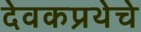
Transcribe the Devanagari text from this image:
देवकप्रथेचे